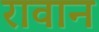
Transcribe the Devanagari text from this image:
रावान